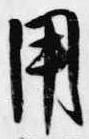
用